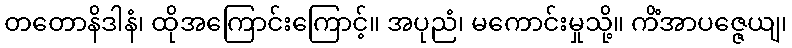
တတောနိဒါနံ၊ ထိုအကြောင်းကြောင့်။ အပုညံ၊ မကောင်းမှုသို့။ ကိံအာပဇ္ဇေယျ၊